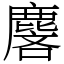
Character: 麐